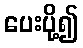
ပေးပို့၍